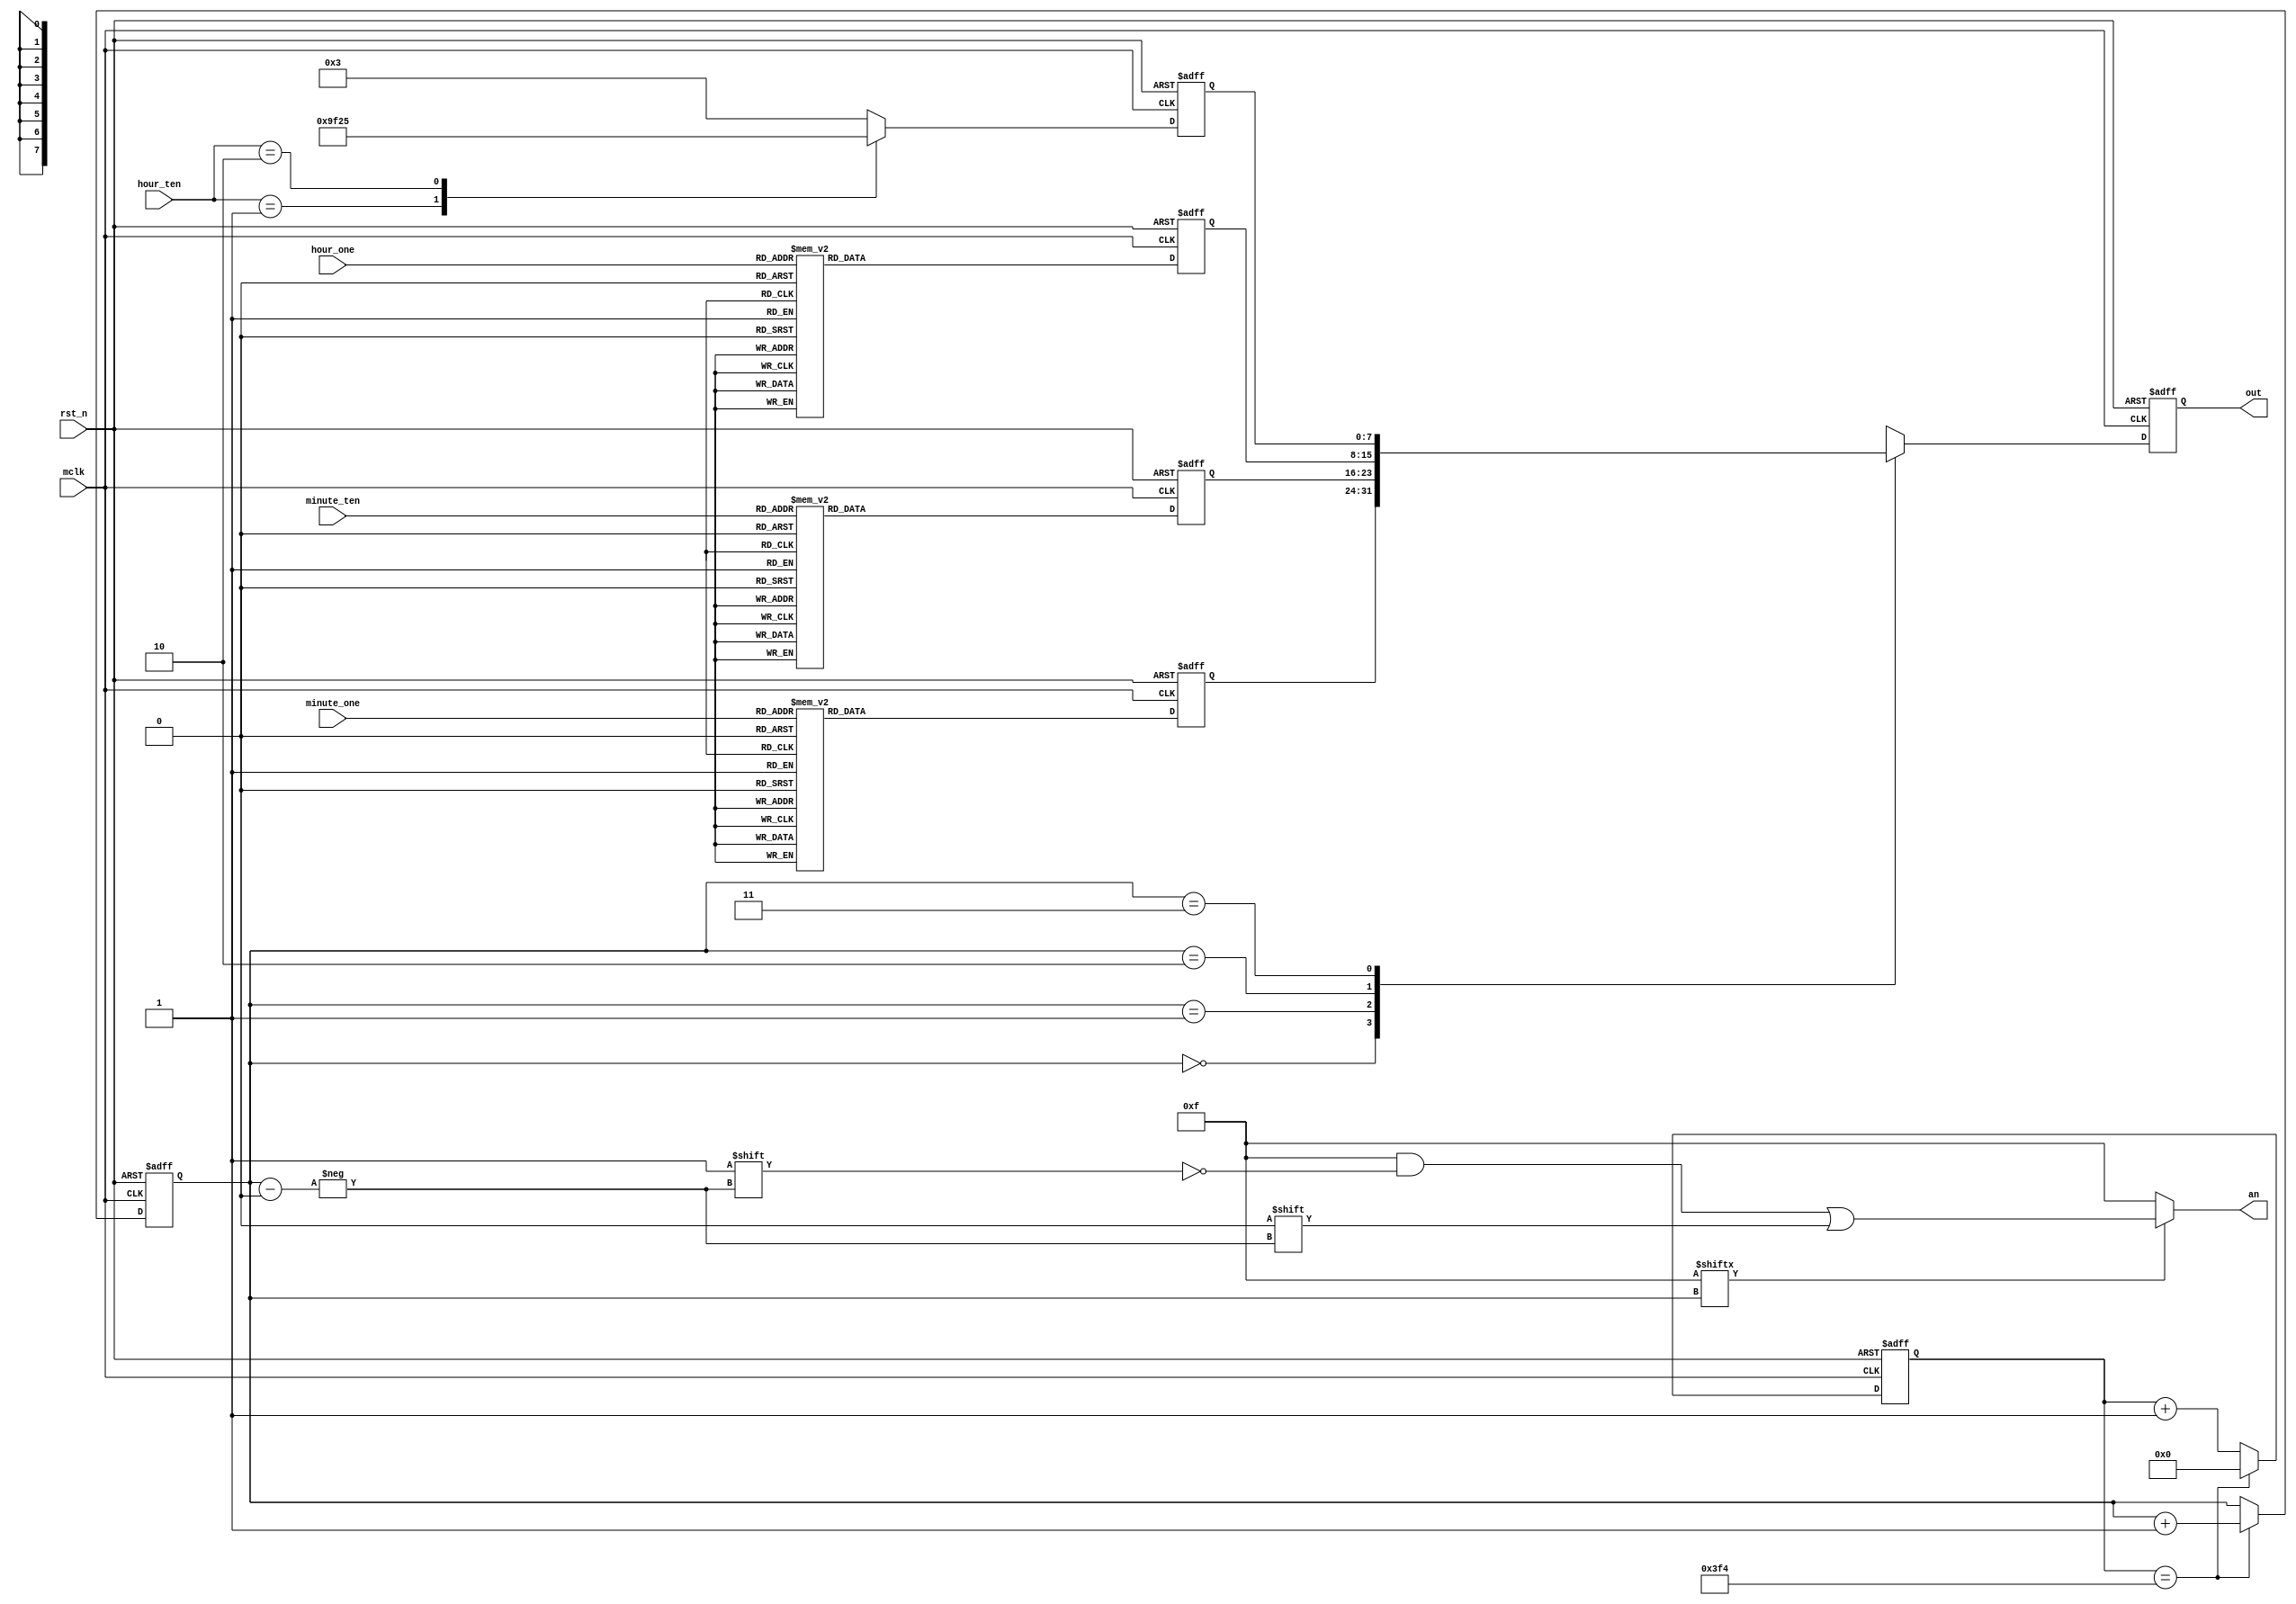
module seven_seg_display(
			input mclk,
			input rst_n,
			input [2:0] hour_ten,
			input [3:0] hour_one,
			input [2:0] minute_ten,
			input [3:0] minute_one,
			output reg [7:0] out,
			output reg [3:0] an//еܵʹܶ
    );
	 	 
	 wire [3:0] aen;//ʹź
	 reg [1:0] s;//ʾѡ
	 reg [18:0] cnt;//ɨʱӼ
	 
	 parameter CLK190 = 18'd263157;
	 	 

	 always @(posedge mclk or negedge rst_n)
	 begin
		if(!rst_n)
			cnt <= 18'b0;
		else if(cnt == CLK190 - 1'b1)
			cnt <= 18'b0;
		else 
			cnt <= cnt + 1'b1;	
	 end
	 
	 //Ƶ״̬û5.2ˢһ
	 always @(posedge mclk or negedge rst_n)
	 begin
		if(!rst_n)
			s <= 2'b0;
		else if(cnt == CLK190 - 1'b1)
			s <= s + 1'b1;	
	 end
	 
	 assign aen = 4'b1111;
	 always @(*)
	 begin
		an <= 4'b1111;
		if(aen[s] == 1)
			an[s] <= 1'b0;
	 end
	 
	 reg [7:0] out0;
	 //Сʱʮλʾ
	 always @(posedge mclk or negedge rst_n)
	 begin
		if(!rst_n)
			out0 <= 8'b0000_0011;
		else 
			begin
				case(hour_ten)
					0: out0 <= 8'b0000_0011;
					1: out0 <= 8'b1001_1111;
					2: out0 <= 8'b0010_0101;
					default: out0 <= 8'b0000_0011;
				endcase
			end
	 end
	 
	 reg [7:0] out1;
	 //Сʱĸλʾ
	 always @(posedge mclk or negedge rst_n)
	 begin
		if(!rst_n)
			out1 <= 8'b0000_0010;
		else 
			begin
				case(hour_one)
					0: out1 <= 8'b0000_0010;
					1: out1 <= 8'b1001_1110;
					2: out1 <= 8'b0010_0100;
					3: out1 <= 8'b0000_1100;
					4: out1 <= 8'b1001_1000;
					5: out1 <= 8'b0100_1000;
					6: out1 <= 8'b0100_0000;
					7: out1 <= 8'b0001_1110;
					8: out1 <= 8'b0000_0000;
					9: out1 <= 8'b0000_1000;
					default: out1 <= 8'b0000_0010;
				endcase
			end
	 end
	 
	 reg [7:0] out2;
	 //ӵʮλʾ
	 always @(posedge mclk or negedge rst_n)
	 begin
		if(!rst_n)
			out2 <= 8'b0000_0011;
		else 
			begin
				case(minute_ten)
					0: out2 <= 8'b0000_0011;
					1: out2 <= 8'b1001_1111;
					2: out2 <= 8'b0010_0101;
					3: out2 <= 8'b0000_1101;
					4: out2 <= 8'b1001_1001;
					5: out2 <= 8'b0100_1001;
					6: out2 <= 8'b0100_0001;
					7: out2 <= 8'b0001_1111;
					8: out2 <= 8'b0000_0001;
					9: out2 <= 8'b0000_1001;
					default: out2 <= 8'b0000_0011;
				endcase
			end
	 end
	 
	 reg [7:0] out3;
	 //ӵĸλʾ
	 always @(posedge mclk or negedge rst_n)
	 begin
		if(!rst_n)
			out3 <= 8'b0000_0011;
		else 
			begin
				case(minute_one)
					0: out3 <= 8'b0000_0011;
					1: out3 <= 8'b1001_1111;
					2: out3 <= 8'b0010_0101;
					3: out3 <= 8'b0000_1101;
					4: out3 <= 8'b1001_1001;
					5: out3 <= 8'b0100_1001;
					6: out3 <= 8'b0100_0001;
					7: out3 <= 8'b0001_1111;
					8: out3 <= 8'b0000_0001;
					9: out3 <= 8'b0000_1001;
					default: out3 <= 8'b0000_0011;
				endcase
			end
	 end
	 
	 always @(posedge mclk or negedge rst_n)
	 begin
	 	if(!rst_n)
	 		out <= 8'b0000_0011;
	 	else 
			case(s)
			0: out <= out3;
			1: out <= out2;
			2: out <= out1;
			3: out <= out0;
			default: out <= 8'b0000_0011;
			endcase
	 end
	 
endmodule